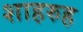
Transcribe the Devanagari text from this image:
शाहरुह